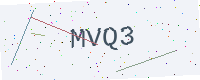
Text: MVQ3